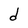
Character: d